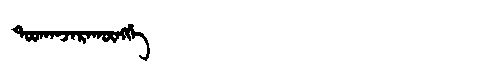
Manchu: ᡨᠣᠣᡴᠠᠨᠵᠠᡵᠠᡴᡡᠩᡤᡝ
Romanization: TOOKANJARAKŪNGGE